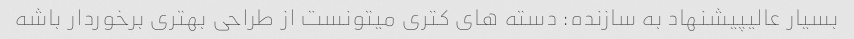
بسیار عالیپیشنهاد به سازنده: دسته های کتری میتونست از طراحی بهتری برخوردار باشه